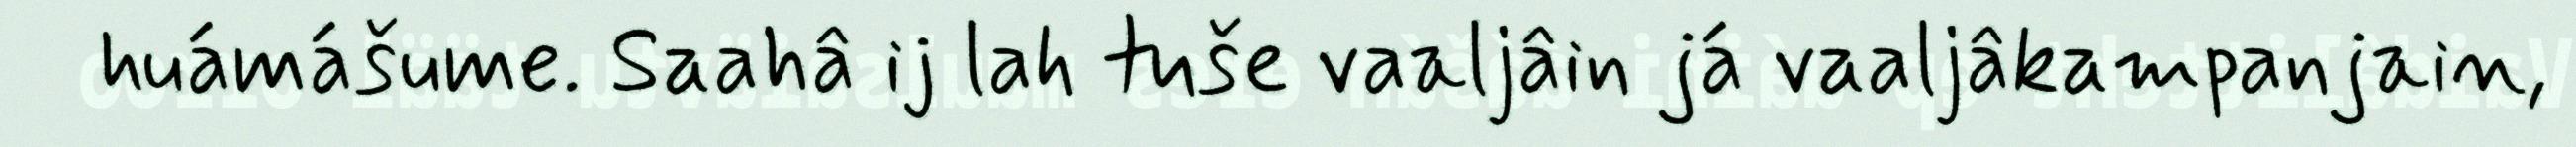
huámášume. Saahâ ij lah tuše vaaljâin já vaaljâkampanjain,